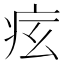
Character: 𤵋